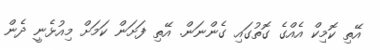
އޭތި ކޮމިކް އެއްގެ ގޮތުގައި ގެންނަން. އޭތި ފަށަން ކަމަށް މިއުޅެނީ ދެން